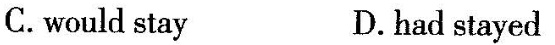
C.would stay D.had stayed